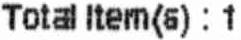
TOTAL ITEM(S) : 1